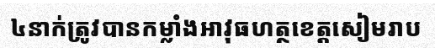
៤នាក់ត្រូវបានកម្លាំងអាវុធហត្ថខេត្តសៀមរាប